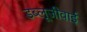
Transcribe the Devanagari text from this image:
डब्लूजीवाई